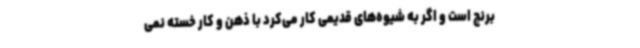
برنج است و اگر به شیوه‌های قدیمی کار می‌کرد با ذهن و کار خسته نمی